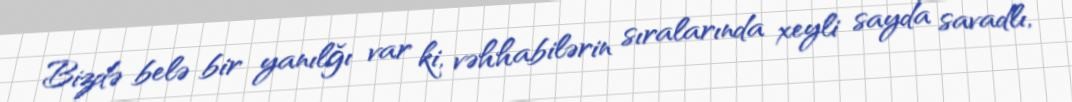
Bizdə belə bir yanılğı var ki, vəhhabilərin sıralarında xeyli sayda savadlı,